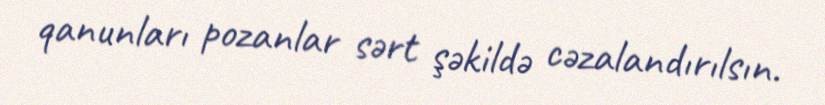
qanunları pozanlar sərt şəkildə cəzalandırılsın.